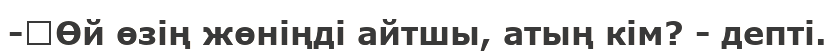
-	Өй өзің жөніңді айтшы, атың кім? - депті.